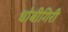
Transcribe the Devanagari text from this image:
धोबीगिरी